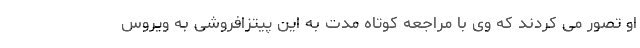
او تصور می کردند که وی با مراجعه کوتاه مدت به این پیتزافروشی به ویروس